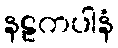
နဠကပါနံ